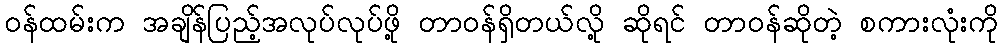
ဝန်ထမ်းက အချိန်ပြည့်အလုပ်လုပ်ဖို့ တာဝန်ရှိတယ်လို့ ဆိုရင် တာဝန်ဆိုတဲ့ စကားလုံးကို